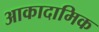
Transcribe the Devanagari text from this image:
आकादामिक